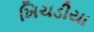
ખિચડીયા